Vaccine operations Central Provinces 1886-1899 - 1886-1899
Year: 1886
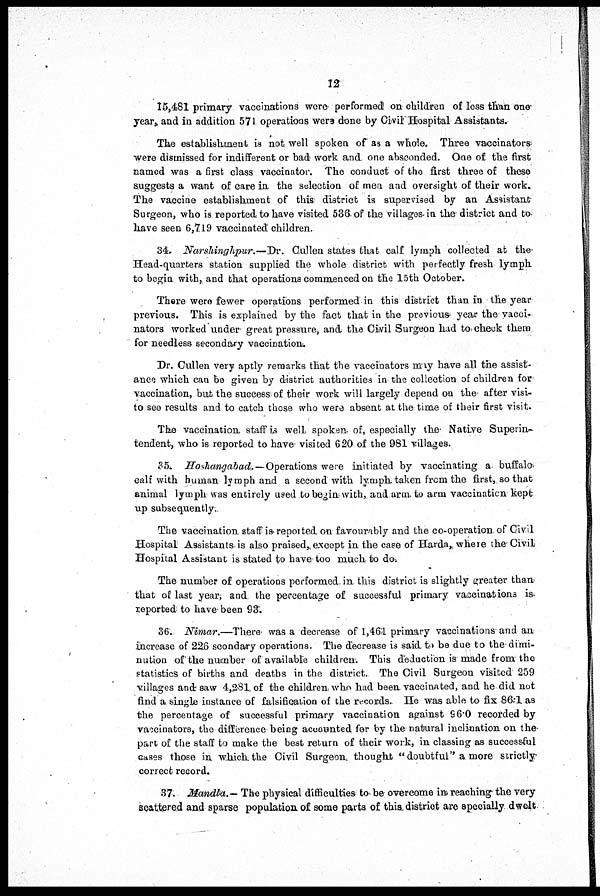
12
15,481 primary vaccinations were performed on children of less than one
year, and in addition 571 operations were done by Civil Hospital Assistants.
The establishment is not well spoken of as a whole. Three vaccinators
were dismissed for indifferent or bad work and one absconded. One of the first
named was a first class vaccinator. The conduct of the first three of these
suggests a want of care in the selection of men and oversight of their work.
The vaccine establishment of this district is supervised by an Assistant
Surgeon, who is reported to have visited 536 of the villages in the district and to
have seen 6,719 vaccinated children.
34. Narshinghpur.—Dr.
Cullon states that calf lymph collected at the
Head-quarters station supplied the whole district with perfectly fresh lymph
to begin with, and that operations commenced on the 15th October.
There were fewer operations performed in this district than in the year
previous. This is explained by the fact that in the previous year the vacci-
nators worked under great pressure, and the Civil Surgeon had to check them
for needless secondary vaccination.
Dr. Cullen very aptly remarks that the vaccinators may have all the assist-
ance which can be given by district authorities in the collection of children for
vaccination, but the success of their work will largely depend on the after visi-
to see results and to catch those who were absent at the time of their first visit.
The vaccination staff is well spoken of, especially the Native Superin-
tendent, who is reported to have visited 620 of the 981 villages.
35. Hoshangabad.—Operations were initiated by vaccinating a buffalo
calf with human lymph and a second with lymph taken from the first, so that
animal lymph was entirely used to begin with, and arm to arm vaccination kept
up subsequently.
The vaccination staff is reported on favourably and the co-operation of Civil
Hospital Assistants is also praised,except in the case of Harda where the Civil
Hospital Assistant is stated to have too much to do.
The number of operations performed in this district is slightly greater than
that of last year; and the percentage of successful primary vaccinations is
reported to have been 93.
36. Nimar.—There was a decrease of 1,461 primary vaccinations and an
increase of 226 scondary operations. The decrease is said to be due to the dimi-
nution of the number of available children. This deduction is made from the
statistics of births and deaths in the district. The Civil Surgeon visited 259
villages and saw 4,281 of the children who had been vaccinated, and he did not
find a single instance of falsification of the records. He was able to fix 86.1 as
the percentage of successful primary vaccination against 96.0 recorded by
vaccinators, the difference being accounted for by the natural inclication on the
part of the staff to make the best return of their work, in classing as successful
cases those in which the Civil Surgeon. thought "doubtful" a more strictly
correct record.
37. Mandla.— The physical difficulties to be overcome in reaching the very
scattered and sparse population of some parts of this district are specially dwelt